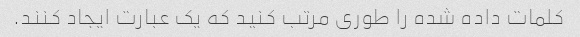
کلمات داده شده را طوری مرتب کنید که یک عبارت ایجاد کنند.